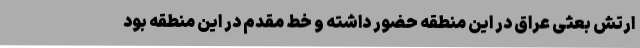
ارتش بعثی عراق در این منطقه حضور داشته و خط مقدم در این منطقه بود